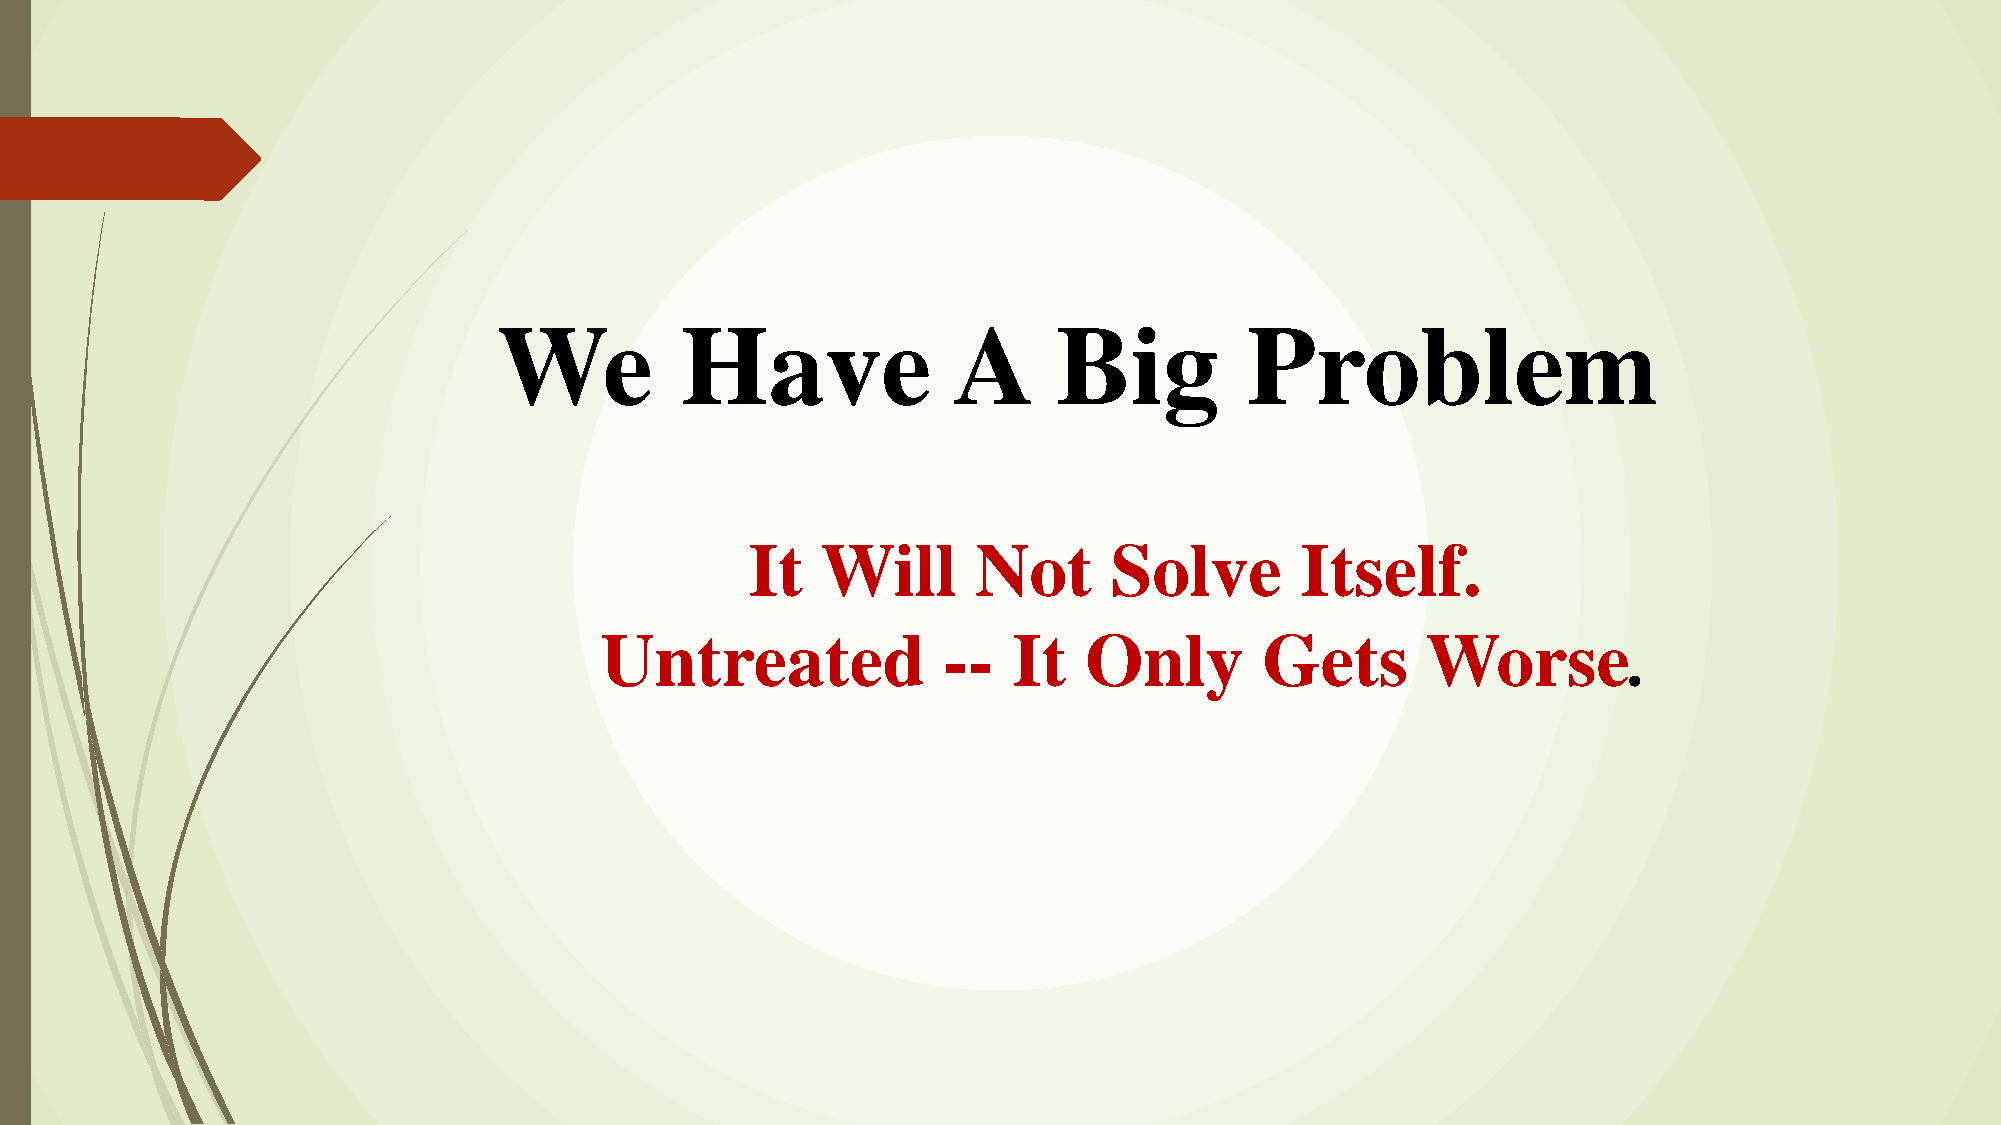
We          Have              A      Big          Problem
 It  Will       Not     Solve        Itself.
 Untreated             --   It   Only        Gets      Worse.